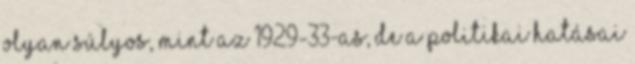
olyan súlyos, mint az 1929-33-as, de a politikai hatásai